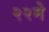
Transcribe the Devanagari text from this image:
२२मे